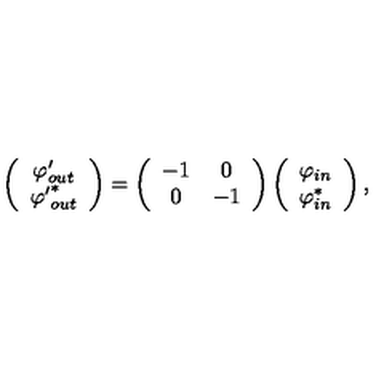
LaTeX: \left( \begin{array} { c c } { { \varphi } _ { o u t } ^ { \prime } } \\ { { { \varphi } ^ { \prime } } _ { o u t } ^ { * } } \\ \end{array} \right) = \left( \begin{array} { c c } { - 1 } & { 0 } \\ { 0 } & { - 1 } \\ \end{array} \right) \left( \begin{array} { c c } { \varphi _ { i n } } \\ { \varphi _ { i n } ^ { * } } \\ \end{array} \right) ,